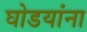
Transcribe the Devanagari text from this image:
घोडयांना